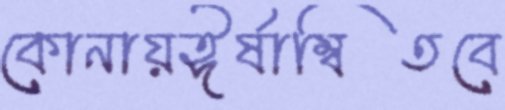
কোনায়ঈর্ষাম্বিতবে